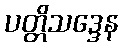
ပတ္တိသဒ္ဒေန